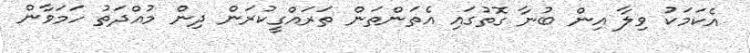
އެކަމަކު ވިލާ އިން ބުނާ ގޮތުގައި އެތަންތަން ތަރައްގީކުރަން ދިން މުއްދަތު ހަމަވާން